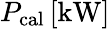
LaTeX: P_{\mathrm{cal}}\, \mathrm{[kW]}